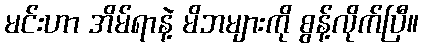
မင်းဟာ အိမ်ရာနဲ့ မိဘများကို စွန့်လိုက်ပြီ။